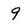
Character: 9